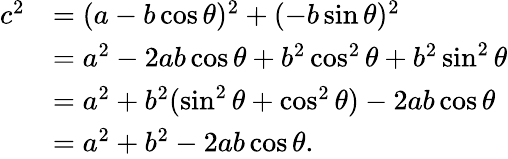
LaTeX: {\begin{array}{rl}{c^{2}}&{=(a-b\cos\theta)^{2}+(-b\sin\theta)^{2}}\\ &{=a^{2}-2ab\cos\theta+b^{2}\cos^{2}\theta+b^{2}\sin^{2}\theta}\\ &{=a^{2}+b^{2}(\sin^{2}\theta+\cos^{2}\theta)-2ab\cos\theta}\\ &{=a^{2}+b^{2}-2ab\cos\theta.}\end{array}}